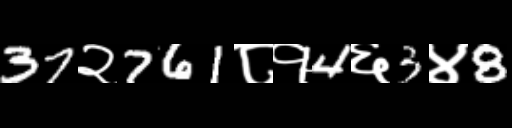
Text: 37२761८१4६3४8